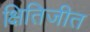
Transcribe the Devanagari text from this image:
क्षितिजीत